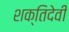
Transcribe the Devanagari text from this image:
शक्तिदेवी